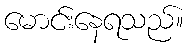
မောင်းနေရသည်။